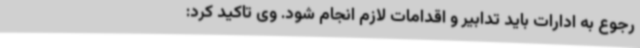
رجوع به ادارات باید تدابیر و اقدامات لازم انجام شود. وی تاکید کرد: